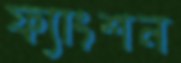
ফ্যাংশন